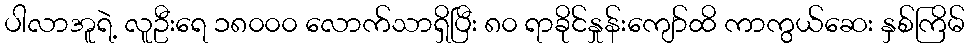
ပါလာအူရဲ့ လူဦးရေ ၁၈၀၀၀ လောက်သာရှိပြီး ၈၀ ရာခိုင်နှုန်းကျော်ထိ ကာကွယ်ဆေး နှစ်ကြိမ်